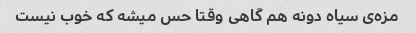
مزه‌ی سیاه دونه هم گاهی وقتا حس میشه که خوب نیست